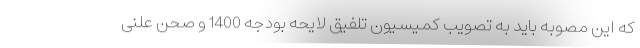
که این مصوبه باید به تصویب کمیسیون تلفیق لایحه بودجه 1400 و صحن علنی